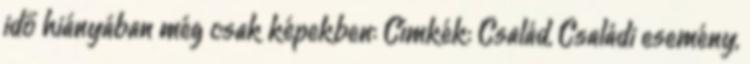
idő hiányában még csak képekben: Címkék: Család, Családi esemény,